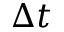
\Delta t